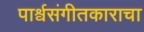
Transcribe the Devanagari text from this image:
पार्श्वसंगीतकाराचा